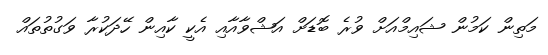
މަތިން ކަމުން ޝައިމްއަށް ވުރެ ބޮޑަށް އަޝްވާއާއި އެކީ ކާއިން ހޭދަކުރާ ވަގުތުތައް